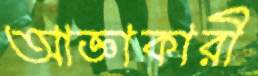
আজ্ঞাকারী